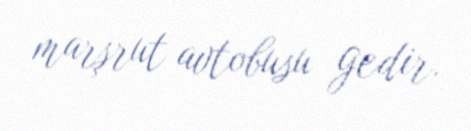
marşrut avtobusu gedir.